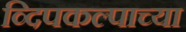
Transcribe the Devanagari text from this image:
व्दिपकल्पाच्या